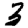
Digit: 3